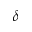
\delta